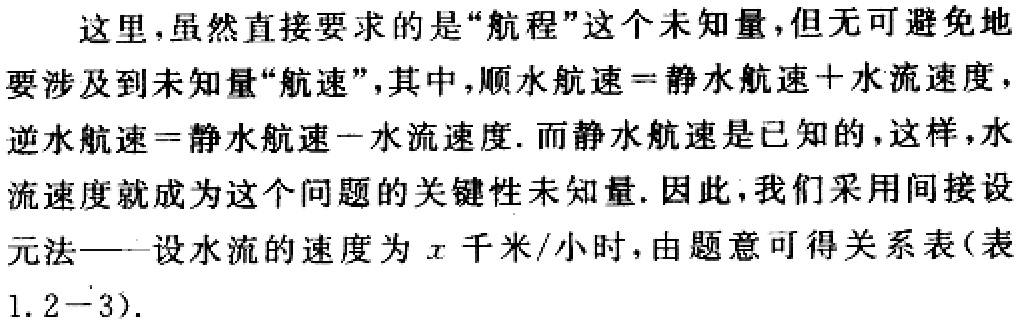
这里,虽然直接要求的是“航程”这个未知量,但无可避免地
要涉及到未知量“航速”,其中,顺水航速\(=\)静水航速\(+\)水流速度,
逆水航速\(=\)静水航速\(-\)水流速度. 而静水航速是已知的,这样,水
流速度就成为这个问题的关键性未知量. 因此,我们采用间接设
元法——设水流的速度为\(x\)千米/小时,由题意可得关系表(表
1. 2 - 3).